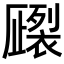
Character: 𧝦